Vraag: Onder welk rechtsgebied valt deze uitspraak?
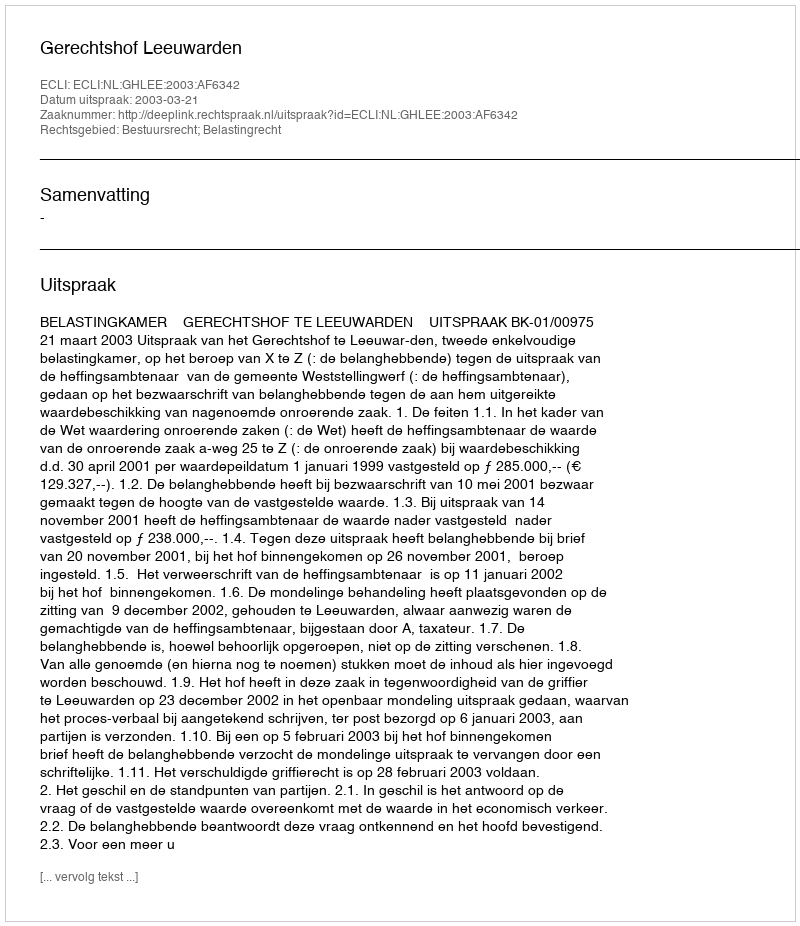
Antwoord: Bestuursrecht; Belastingrecht